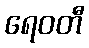
ရေဝတီ